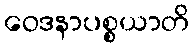
ဝေဒနာပစ္စယာတိ